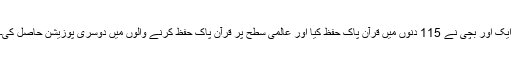
ایک اور بچی نے 115 دنوں میں قرآن پاک حفظ کیا اور عالمی سطح پر قرآن پاک حفظ کرنے والوں میں دوسری پوزیشن حاصل کی۔